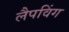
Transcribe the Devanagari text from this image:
लैपविंग